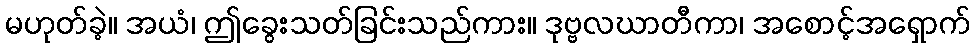
မဟုတ်ခဲ့။ အယံ၊ ဤခွေးသတ်ခြင်းသည်ကား။ ဒုဗ္ဗလဃာတီကာ၊ အစောင့်အရှောက်